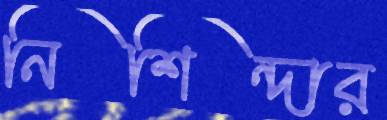
নিশিন্দার